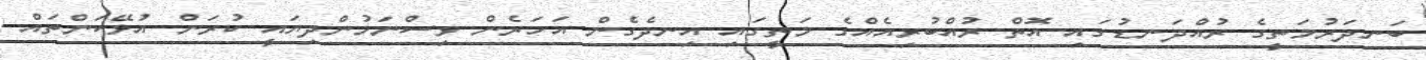
ބަނދަރުމަތީގެ ރުއްދަނޑުގައި އޮތް ރުއްބުރިއެއްގެ މަތީގައި އިނދެގެން އަހަރެން ވިސްނަމުންދިޔައީ ކުރަން އުޅޭކަންތައް